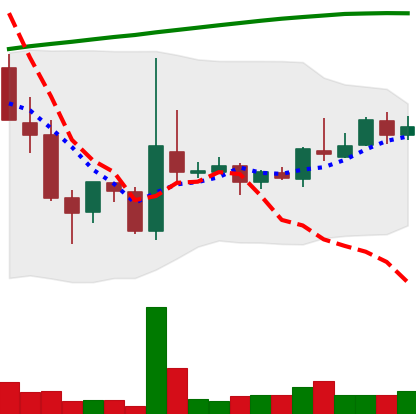
Ticker: TRX-USD
Chart end date: 2018-04-17
Forward return: 24.466%
Label: up_7plus